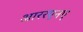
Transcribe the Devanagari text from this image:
आररएनए